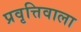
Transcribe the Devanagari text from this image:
प्रवृत्तिवाला